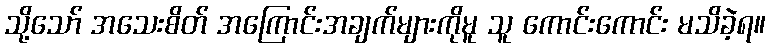
သို့သော် အသေးစိတ် အကြောင်းအချက်များကိုမူ သူ ကောင်းကောင်း မသိခဲ့ရ။